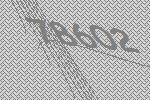
78602